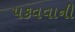
પકવવાની